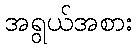
အရွယ်အစား